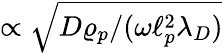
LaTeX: \propto\sqrt{D\varrho_{p}/(\omega\ell_{p}^{2}\lambda_{D})}